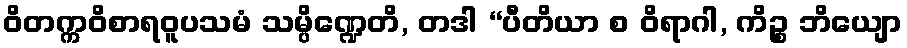
ဝိတက္ကဝိစာရဝူပသမံ သမ္ပိဏ္ဍေတိ, တဒါ “ပီတိယာ စ ဝိရာဂါ, ကိဉ္စ ဘိယျော